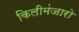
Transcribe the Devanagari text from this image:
किलीमंजारो